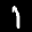
Label: 1